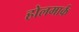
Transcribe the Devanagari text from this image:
होलमार्क